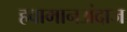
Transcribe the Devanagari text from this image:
हवामानअंदाज